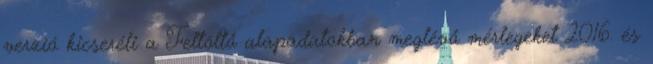
verzió kicseréli a Feltöltő alapadatokban meglévő mérlegeket 2016. és